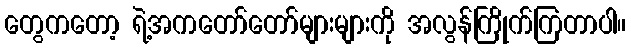
တွေကတော့ ရဲ့အကတော်တော်များများကို အလွန်ကြိုက်ကြတာပါ။